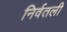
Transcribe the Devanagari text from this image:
निर्वतली